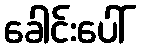
ခေါင်းပေါ်